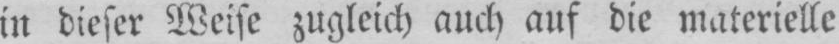
in dieser Weise zugleich auch auf die materielle